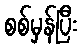
စစ်မှန်ပြီး